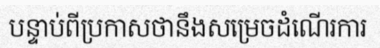
បន្ទាប់ពីប្រកាសថានឹងសម្រេចដំណើរការ